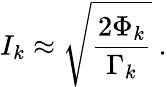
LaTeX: I_{k}\approx\sqrt{\frac{2\Phi_{k}}{\Gamma_{k}}}\ .